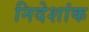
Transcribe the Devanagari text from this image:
निदेशांक